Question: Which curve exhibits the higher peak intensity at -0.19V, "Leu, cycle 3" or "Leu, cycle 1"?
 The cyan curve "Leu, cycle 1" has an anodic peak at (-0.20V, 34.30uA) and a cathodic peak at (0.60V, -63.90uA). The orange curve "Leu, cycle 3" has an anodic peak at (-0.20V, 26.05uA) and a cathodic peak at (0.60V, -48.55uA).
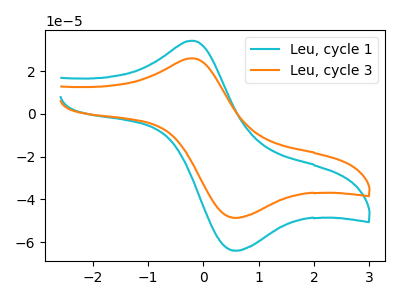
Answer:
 <answer>The peak at -0.19V is lower in "Leu, cycle 3" than in "Leu, cycle 1".</answer>
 <eval>lower</eval>